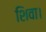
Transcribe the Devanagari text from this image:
शिवा।